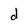
Character: d